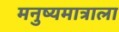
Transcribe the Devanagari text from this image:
मनुष्यमात्राला